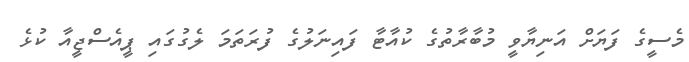
މެސީގެ ފަޔަށް އަނިޔާވީ މުބާރާތުގެ ކުއާޓާ ފައިނަލުގެ ފުރަތަމަ ލެގުގައި ޕީއެސްޖީއާ ކުޅެ